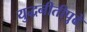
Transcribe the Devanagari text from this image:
युद्धनीतीपुढे